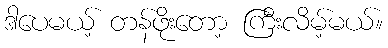
ဒါပေမယ့် တန်ဖိုးတော့ ကြီးလိမ့်မယ်။